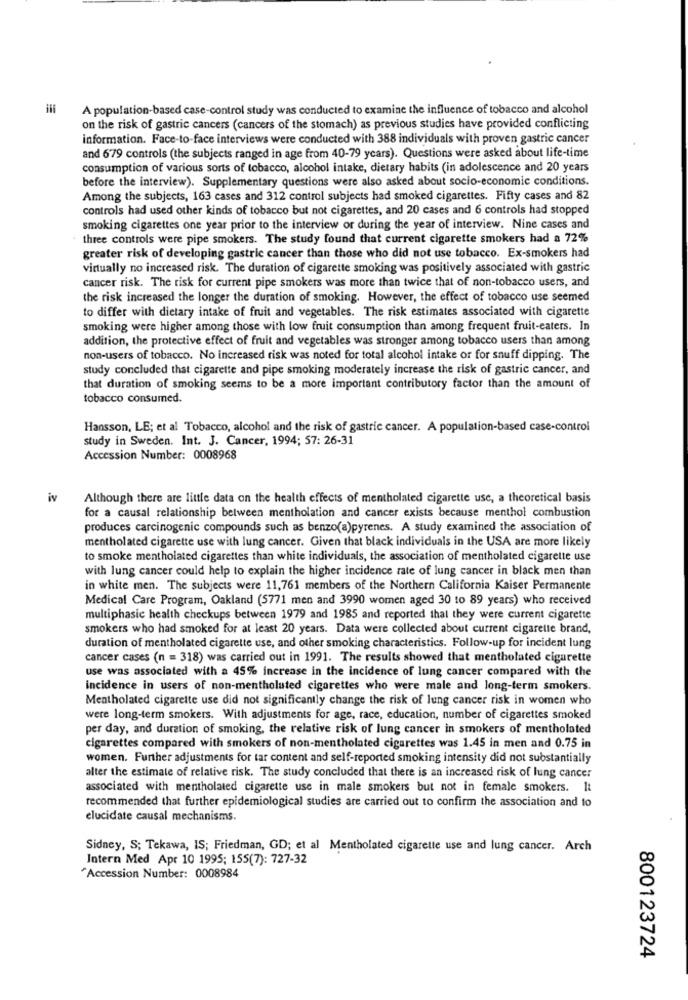
A population-based case-control study was conducted to examine the influence of tobacco and alcohol
on the risk of gastric cancers (cancers of the stomach) as previous studies have provided conflicting
information. Face-to-face interviews were conducted with 388 individuals with proven gastric cancer
and 679 controls (the subjects ranged in age from 40-79 years). Questions were asked about life-time
consumption of various sorts of tobacco, alcohol intake, dietary habits (in adolescence and 20 years
before the interview). Supplementary questions were also asked about socio-economic conditions.
Among the subjects, 163 cases and 312 control subjects had smoked cigarettes. Fifty cases and 82
controls had used other kinds of tobacco but not cigarettes, and 20 cases and 6 controls had stopped
smoking cigarettes one year prior to the interview or during the year of interview. Nine cases and
three controls were pipe smokers. The study found that current cigarette smokers had a 72%
greater risk of developing gastric cancer than those who did not use tobacco. Ex-smokers had
virtually no increased risk. The duration of cigarette smoking was positively associated with gastric
cancer risk. The risk for current pipe smokers was more than twice that of non-tobacco users, and
the risk increased the longer the duration of smoking. However, the effect of tobacco use seemed
to differ with dietary intake of fruit and vegetables. The risk estimates associated with cigarette
smoking were higher among those with low fruit consumption than among frequent fruit-eaters. In
addition, the protective effect of fruit and vegetables was stronger among tobacco users than among
non-users of tobacco. No increased risk was noted for total alcohol intake or for snuff dipping. The
study concluded that cigarette and pipe smoking moderately increase the risk of gastric cancer, and
that duration of smoking seems to be a more important contributory factor than the amount of
tobacco consumed.
Hansson, LE; et al Tobacco, alcohol and the risk of gastric cancer. A population-based case-control
study in Sweden. Int. J. Cancer, 1994; 57: 26-31
Accession Number: 0008968
iv
Although there are little data on the health effects of mentholated cigarette use, a theoretical basis
for a causal relationship between mentholation and cancer exists because menthol combustion
produces carcinogenic compounds such as benzo(a)pyrenes. A study examined the association of
mentholated cigarette use with lung cancer. Given that black individuals in the USA are more likely
to smoke mentholated cigarettes than white individuals, the association of mentholated cigarette use
with lung cancer could help to explain the higher incidence rate of lung cancer in black men than
in white men. The subjects were 11,761 members of the Northern California Kaiser Permanente
Medical Care Program, Oakland (5771 men and 3990 women aged 30 to 89 years) who received
multiphasic health checkups between 1979 and 1985 and reported that they were current cigarette
smokers who had smoked for at least 20 years. Data were collected about current cigarette brand,
duration of mentholated cigarette use, and other smoking characteristics. Follow-up for incident lung
cancer cases (n = 318) was carried out in 1991. The results showed that mentholated cigarette
use was associated with a 45% increase in the incidence of lung cancer compared with the
incidence in users of non-mentholated cigarettes who were male and long-term smokers.
Mentholated cigarette use did not significantly change the risk of lung cancer risk in women who
were long-term smokers. With adjustments for age, race, education, number of cigarettes smoked
per day, and duration of smoking, the relative risk of lung cancer in smokers of mentholated
cigarettes compared with smokers of non-mentholated cigarettes was 1.45 in men and 0.75 in
women. Further adjustments for tar content and self-reported smoking intensity did not substantially
alter the estimate of relative risk. The study concluded that there is an increased risk of lung cancer
associated with mentholated cigarette use in male smokers but not in female smokers. It
recommended that further epidemiological studies are carried out to confirm the association and to
elucidate causal mechanisms.
Sidney, S; Tekawa, IS; Friedman, GD; et al Mentholated cigarette use and lung cancer. Arch
Intern Med Apr 10 1995; 155(7): 727-32
"Accession Number: 0008984
800123724